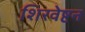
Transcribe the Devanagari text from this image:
शिरवेष्टन